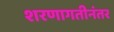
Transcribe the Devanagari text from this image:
शरणागतीनंतर